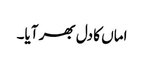
اماں کا دل بھر آیا۔